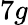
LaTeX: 7g